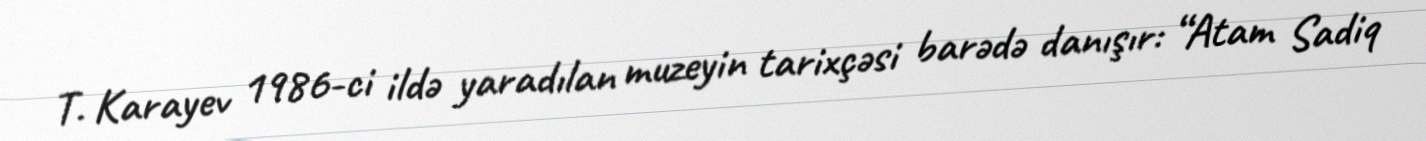
T. Karayev 1986-ci ildə yaradılan muzeyin tarixçəsi barədə danışır: “Atam Sadiq